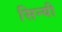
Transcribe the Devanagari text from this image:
सिन्यी